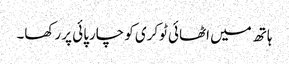
ہاتھ میں اٹھائی ٹوکری کو چارپائی پر رکھا۔